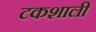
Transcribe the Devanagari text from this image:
टकशाली